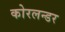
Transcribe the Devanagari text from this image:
कोरलन्डर